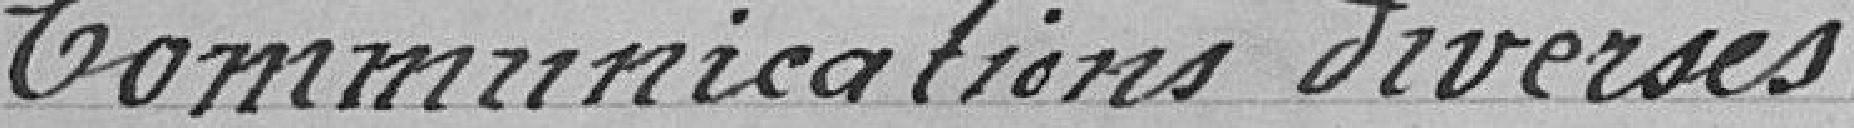
Communications diverses